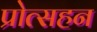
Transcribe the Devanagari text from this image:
प्रोत्सहन